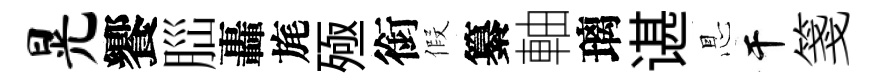
晃饗𦛁轟旄殛銜假纂軸璃谌㤙干箋